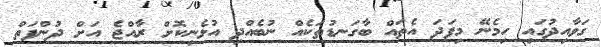
ގަވާއިދުގައި ހިމެނޭ މިފަދަ އެތައް ބާގަނޑުތަކެއް ނުބެއްދި އުޅެނިކޮށް ރާއްޖެ އަށް ދުންފަތް